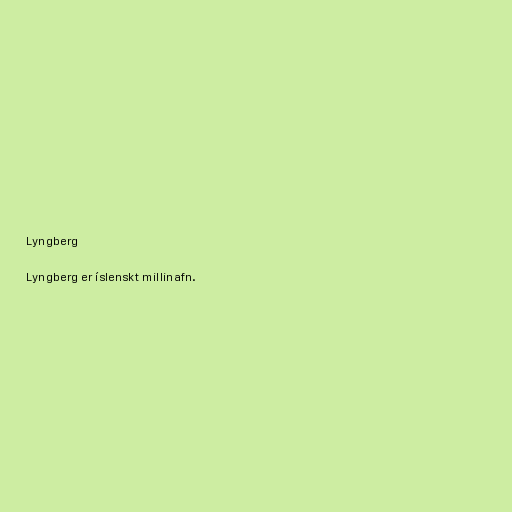
Lyngberg

Lyngberg er íslenskt millinafn.